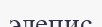
элепис